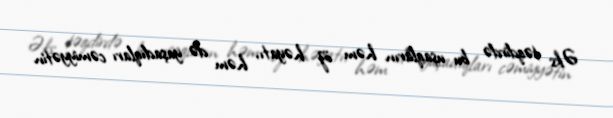
Əks təqdirdə bu uşaqların həm öz həyatı, həm də yaşadıqları cəmiyyətin